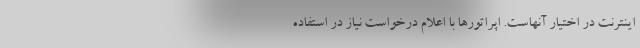
اینترنت در اختیار آنهاست. اپراتورها با اعلام درخواست نیاز در استفاده